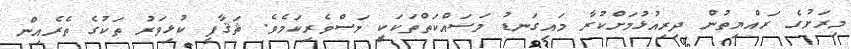
މިރަށުގެ ރައްޔިތުން ދިރިއުޅުމަށްކުރާ މައިގަނޑު މަސައްކަތްތަކަކީ މަސްވެރިކަމެވެ. ޘަޤާފީ ކުޅިވަރު ތަކުގެ ތެރެއިން